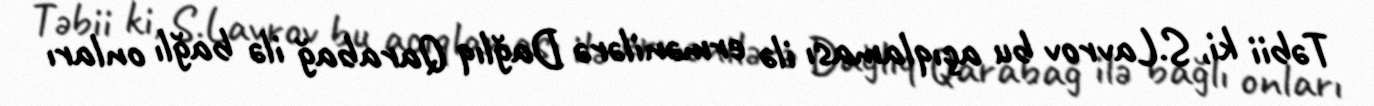
Təbii ki, S.Lavrov bu açıqlaması ilə ermənilərə Dağlıq Qarabağ ilə bağlı onları